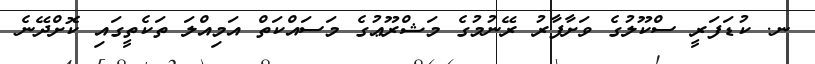
ނ. ކުޑަފަރީ ސްކޫލުގެ ވަށާފާރު ރޭނުމުގެ މަޝްރޫޢުގެ މަސައްކަތް އަމިއްލަ ތަކެތީގައި ކޮށްދޭނެ